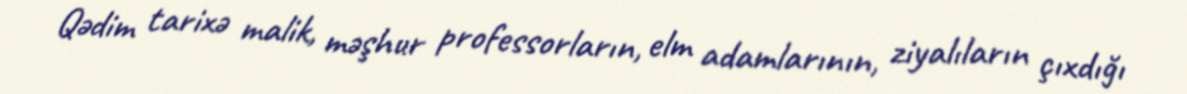
Qədim tarixə malik, məşhur professorların, elm adamlarının, ziyalıların çıxdığı